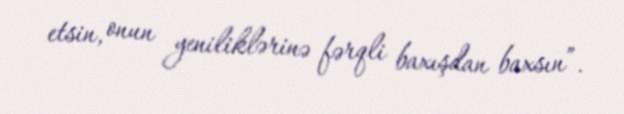
etsin, onun yeniliklərinə fərqli baxışdan baxsın”.